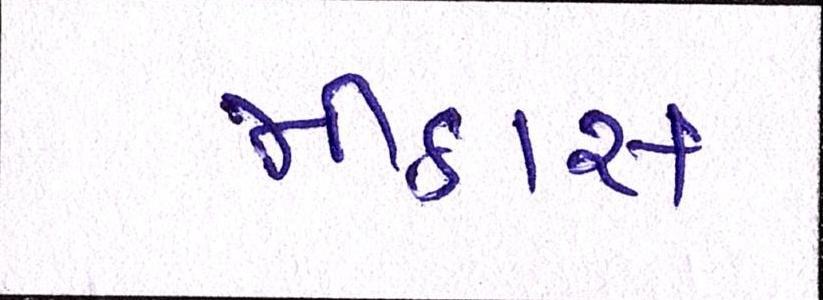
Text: મીઠાસ